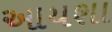
આયશા